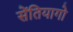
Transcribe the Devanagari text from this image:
सेंतियागो